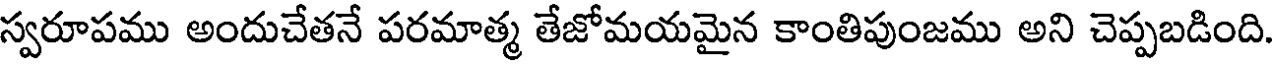
స్వరూపము అందుచేతనే పరమాత్మ తేజోమయమైన కాంతిపుంజము అని చెప్పబడింది